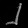
Digit: ၂